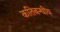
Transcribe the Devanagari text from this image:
कतिबन्धीय